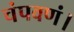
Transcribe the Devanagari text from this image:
चंपवणं।